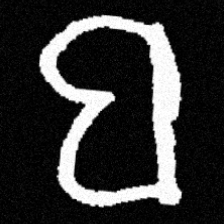
Pyu character \u2014 Myanmar letter: ဗ (romanized: ba)